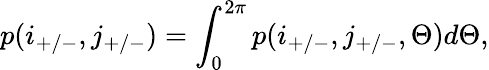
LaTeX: p(i_{+/-},j_{+/-})=\int_{0}^{2\pi}p(i_{+/-},j_{+/-},\Theta)d\Theta,